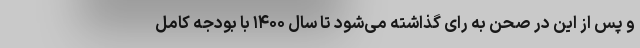
و پس از این در صحن به رای گذاشته می‌شود تا سال ۱۴۰۰ با بودجه کامل